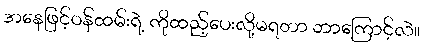
အနေဖြင့်ဝန်ထမ်းရဲ့ ကိုထည့်ပေးလို့မရတာ ဘာကြောင့်လဲ။